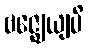
ဗဇ္ဈေယျပိ